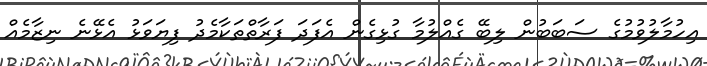
އިހުމާލުވުމުގެ ސަބަބުން ލިބޭ ގެއްލުމާ ގުޅިގެން އެފަދަ ފަރާތްތަކާމެދު ފިޔަވަޅު އެޅޭނެ ނިޒާމެއް